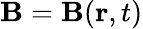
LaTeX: \mathbf{B}=\mathbf{B}(\mathbf{r},t)